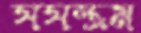
সসম্ভ্রম